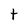
Character: t